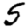
Digit: 5